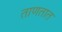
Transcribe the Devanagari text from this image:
ताणतात